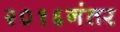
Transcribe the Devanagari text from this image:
२०१६नंतर